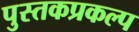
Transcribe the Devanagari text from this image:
पुस्तकप्रकल्प